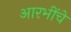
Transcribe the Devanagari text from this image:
आरभींचे